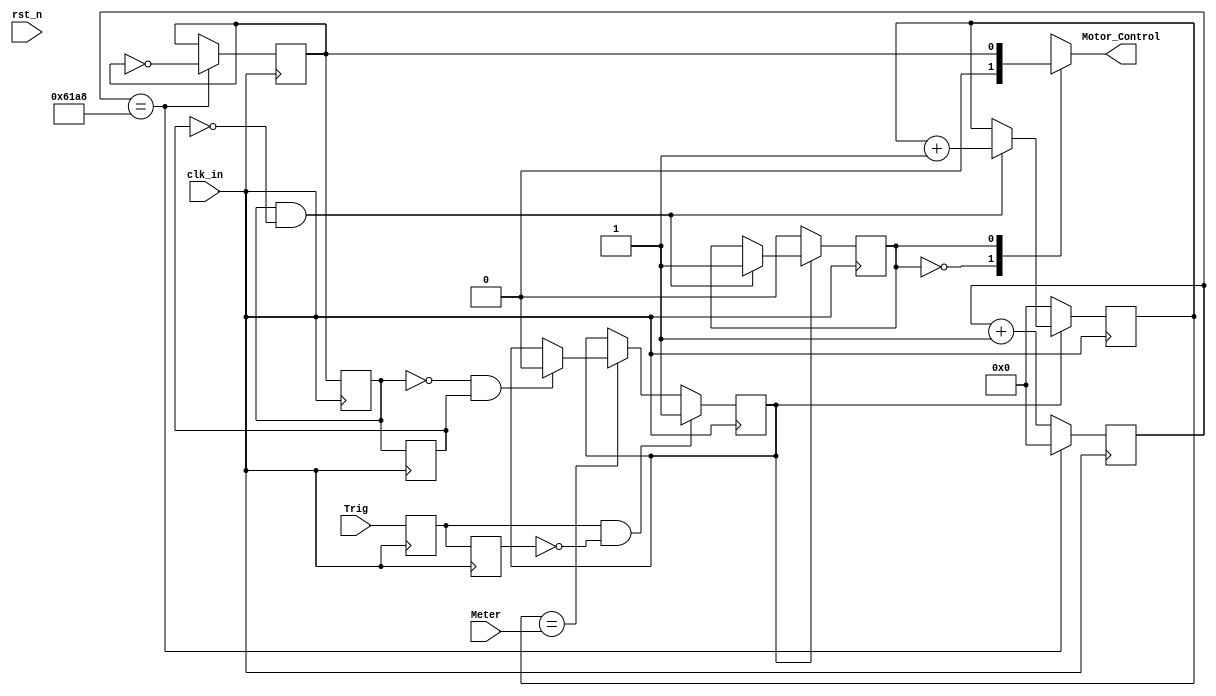
// This program was cloned from: https://github.com/Nitcloud/Digital-IDE
// License: GNU General Public License v3.0

/********************************************
wire             Motor_Control;
Motor_driver Motor_driver_u(
    .clk_in(clk_50m),
    .rst_n(1'd1),
    .Trig(Trig),
    .Meter(16'd4),

    .Motor_Control(Motor_Control)
);
********************************************/
module Motor_driver (
    input         clk_in,
    input         rst_n,
    input         Trig,
    input  [15:0] Meter,

    output  reg   Motor_Control
);

parameter MAIN_FRE  = 50000000;
parameter MOTOR_FRE = 1000;
parameter SET_TIME  = MAIN_FRE/MOTOR_FRE/2;

/***************************************************/
//define the data lock
reg  Trig_SIG = 0;
reg  Trig_SIG_buf = 0;
wire Trig_SIG_pose =  Trig_SIG & ~Trig_SIG_buf;
wire Trig_SIG_nege =  ~Trig_SIG & Trig_SIG_buf;

always@(posedge clk_in) begin
    Trig_SIG <= Trig;
    Trig_SIG_buf <= Trig_SIG;
end
/***************************************************/

/***************************************************/
//define the time counter
reg [15:0]      cnt0 = 0;
reg             Motor_Control_r = 0;

always@(posedge clk_in) begin
    if (cnt0 == SET_TIME) begin
        cnt0 <= 15'd0;                   
        Motor_Control_r <= ~Motor_Control_r;
    end
    else
        cnt0 <= cnt0 + 1'd1;          
end
/***************************************************/

/***************************************************/
//define the data lock
reg  motor_sig = 0;
reg  motor_sig_buf = 0;
wire motor_sig_pose =  motor_sig & ~motor_sig_buf;
wire motor_sig_nege =  ~motor_sig & motor_sig_buf;
always@(posedge clk_in) begin
    motor_sig <= Motor_Control_r;
    motor_sig_buf <= motor_sig;
end
/***************************************************/

/***************************************************/
//define the time counter
reg [15:0]      cnt1 = 0;
reg             CNT_CE = 0;
always@(posedge clk_in) begin
	if (Trig_SIG_pose) begin
		CNT_CE <= 1'd1;
	end
	else if(cnt1 == Meter) begin
		if (motor_sig_nege) begin
			CNT_CE <= 1'd0;
		end
		else begin
			CNT_CE <= CNT_CE;
		end
	end
	else begin
		CNT_CE <= CNT_CE;
	end
end
/***************************************************/
reg             MOTOR_CE = 0;
always @(posedge clk_in) begin
	if (CNT_CE) begin
		if (motor_sig_pose) begin
	    	cnt1 <= cnt1 + 1'd1;            //cnt1 counter = cnt1 counter + 1
	        MOTOR_CE <= 1'd1;
		end
		else begin
			MOTOR_CE <= MOTOR_CE;
		end
	end
	else begin
		cnt1 <= 16'd0; 
		MOTOR_CE <= 1'd0;
	end
end

always @(*) begin
	case (MOTOR_CE) 
	    1'b0    :   begin Motor_Control <= 1'b0; end
	    1'b1    :   begin Motor_Control <= Motor_Control_r; end
	    default :   begin Motor_Control <= 1'b0; end
	endcase
end


endmodule